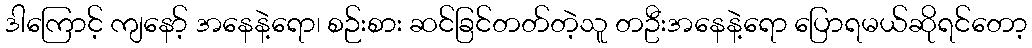
ဒါကြောင့် ကျနော့် အနေနဲ့ရော၊ စဉ်းစား ဆင်ခြင်တတ်တဲ့သူ တဦးအနေနဲ့ရော ပြောရမယ်ဆိုရင်တော့